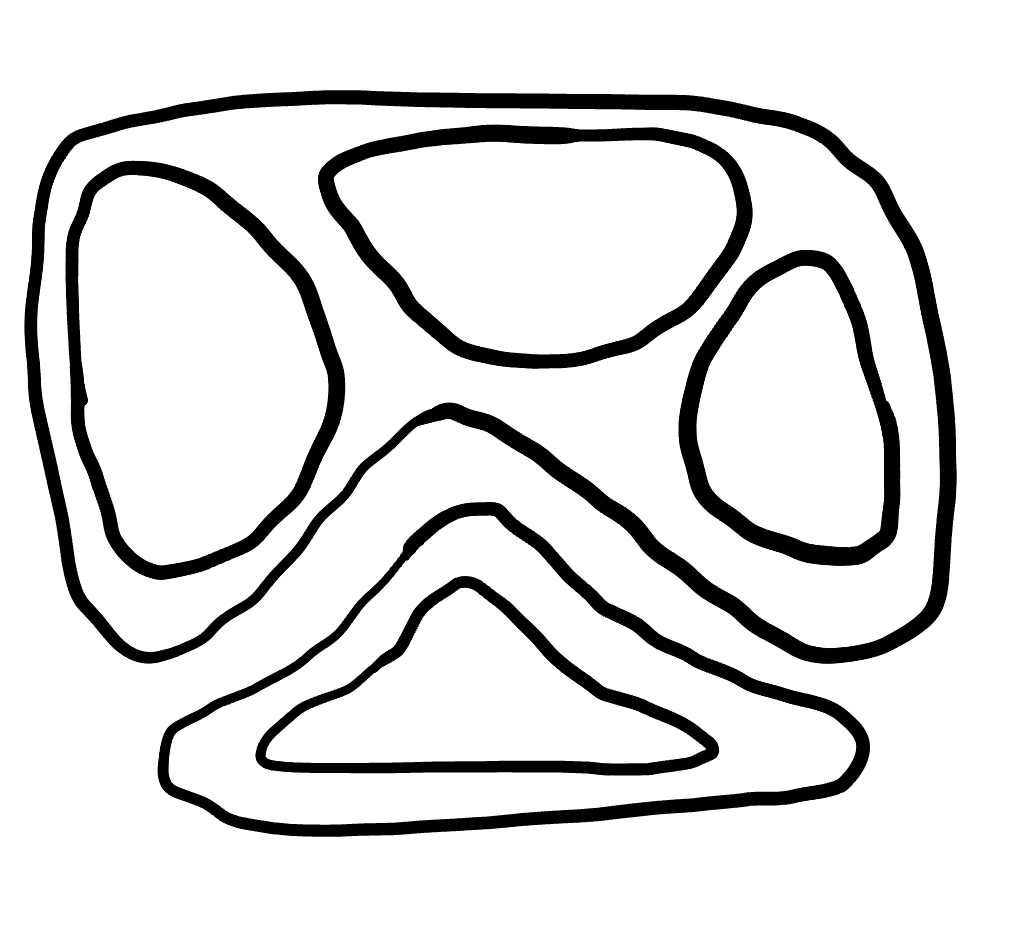
Number of regions (including the outer root region): 7
Containment tree edges (parent, child): 0, 1, 0, 3, 1, 2, 3, 4, 3, 5, 3, 6